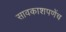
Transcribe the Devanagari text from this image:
सावकाशपणेंच